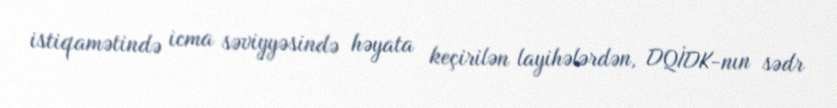
istiqamətində icma səviyyəsində həyata keçirilən layihələrdən, DQİDK-nın sədr